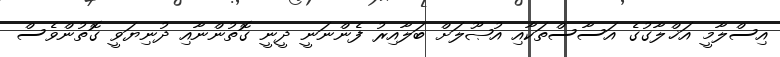
އިސްލާމީ އަޚްލާގުގެ އަސާސްތަކާއި އުޞޫލަށް ބަލާއިރު ފެންނަނީ ދީނީ ގޮތުންނާއި ދުނިޔަވީ ގޮތުންވެސް